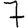
Digit: 7